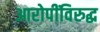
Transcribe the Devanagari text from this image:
आरोपींविरुद्ध